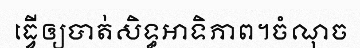
ធ្វើឲ្យបាត់សិទ្ធអាទិភាព។ចំណុច